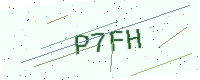
Text: P7FH